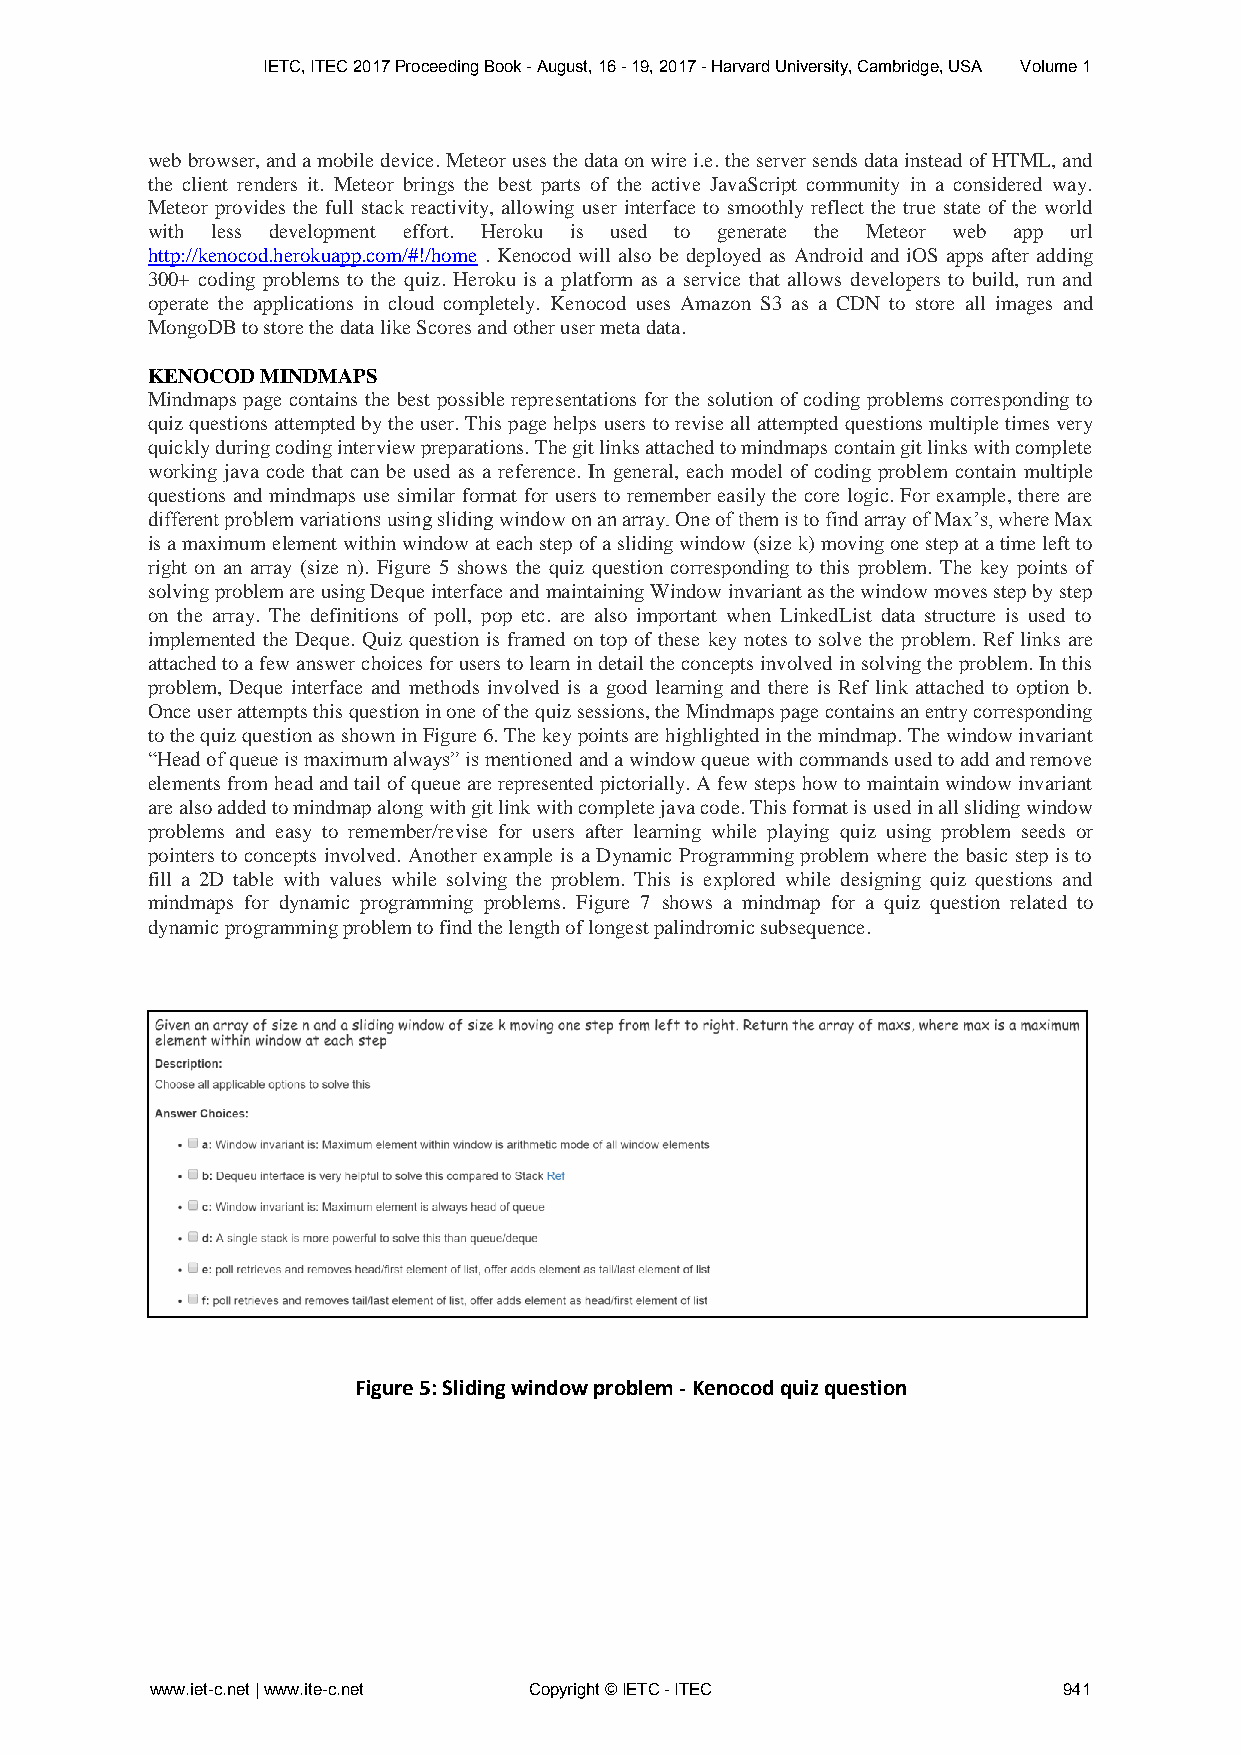
IETC, ITEC 2017 Proceeding Book - August, 16 - 19, 2017 - Harvard University, Cambridge, USA Volume 1
 web browser, and a mobile device. Meteor uses the data on wire i.e. the server sends data instead of HTML, and
 the client renders it. Meteor brings the best parts of the active JavaScript community in a considered way.
 Meteor provides the full stack reactivity, allowing user interface to smoothly reflect the true state of the world
 with less development effort. Heroku is used to generate the Meteor web app url
 http://kenocod.herokuapp.com/#!/home . Kenocod will also be deployed as Android and iOS apps after adding
 300+ coding problems to the quiz. Heroku is a platform as a service that allows developers to build, run and
 operate the applications in cloud completely. Kenocod uses Amazon S3 as a CDN to store all images and
 MongoDB to store the data like Scores and other user meta data.
 KENOCOD MINDMAPS
 Mindmaps page contains the best possible representations for the solution of coding problems corresponding to
 quiz questions attempted by the user. This page helps users to revise all attempted questions multiple times very
 quickly during coding interview preparations. The git links attached to mindmaps contain git links with complete
 working java code that can be used as a reference. In general, each model of coding problem contain multiple
 questions and mindmaps use similar format for users to remember easily the core logic. For example, there are
 different problem variations using sliding window on an array. One of them is to find array of Max’s, where Max
 is a maximum element within window at each step of a sliding window (size k) moving one step at a time left to
 right on an array (size n). Figure 5 shows the quiz question corresponding to this problem. The key points of
 solving problem are using Deque interface and maintaining Window invariant as the window moves step by step
 on the array. The definitions of poll, pop etc. are also important when LinkedList data structure is used to
 implemented the Deque. Quiz question is framed on top of these key notes to solve the problem. Ref links are
 attached to a few answer choices for users to learn in detail the concepts involved in solving the problem. In this
 problem, Deque interface and methods involved is a good learning and there is Ref link attached to option b.
 Once user attempts this question in one of the quiz sessions, the Mindmaps page contains an entry corresponding
 to the quiz question as shown in Figure 6. The key points are highlighted in the mindmap. The window invariant
 “Head of queue is maximum always” is mentioned and a window queue with commands used to add and remove
 elements from head and tail of queue are represented pictorially. A few steps how to maintain window invariant
 are also added to mindmap along with git link with complete java code. This format is used in all sliding window
 problems and easy to remember/revise for users after learning while playing quiz using problem seeds or
 pointers to concepts involved. Another example is a Dynamic Programming problem where the basic step is to
 fill a 2D table with values while solving the problem. This is explored while designing quiz questions and
 mindmaps for dynamic programming problems. Figure 7 shows a mindmap for a quiz question related to
 dynamic programming problem to find the length of longest palindromic subsequence.
 Figure 5: Sliding window problem - Kenocod quiz question
 www.iet-c.net | www.ite-c.net Copyright © IETC - ITEC       941